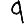
Digit: 9